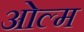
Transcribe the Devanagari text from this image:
ओल्म